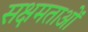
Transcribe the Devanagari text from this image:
सक्षमताओं